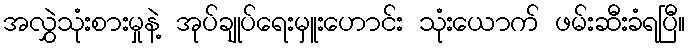
အလွှဲသုံးစားမှုနဲ့ အုပ်ချုပ်ရေးမှူးဟောင်း သုံးယောက် ဖမ်းဆီးခံရပြီ။